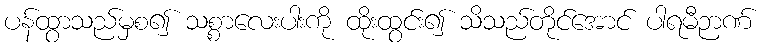
ပန်ထွာသည်မှစ၍ သစ္စာလေးပါးကို ထိုးထွင်း၍ သိသည်တိုင်အောင် ပါရမီဉာဏ်